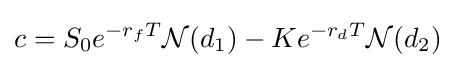
c=S_{0}e^{-r_{f}T}{\mathcal {N}}(d_{1})-Ke^{-r_{d}T}{\mathcal {N}}(d_{2})